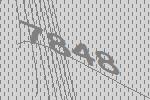
7848